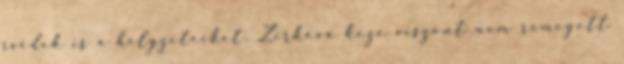
svédek is a helyzeteiket. Zirková keze viszont nem remegett